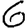
Digit: 6